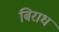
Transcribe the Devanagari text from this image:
बिराध